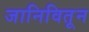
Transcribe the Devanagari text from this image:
जानिवितून